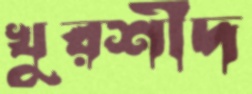
খুরশীদ